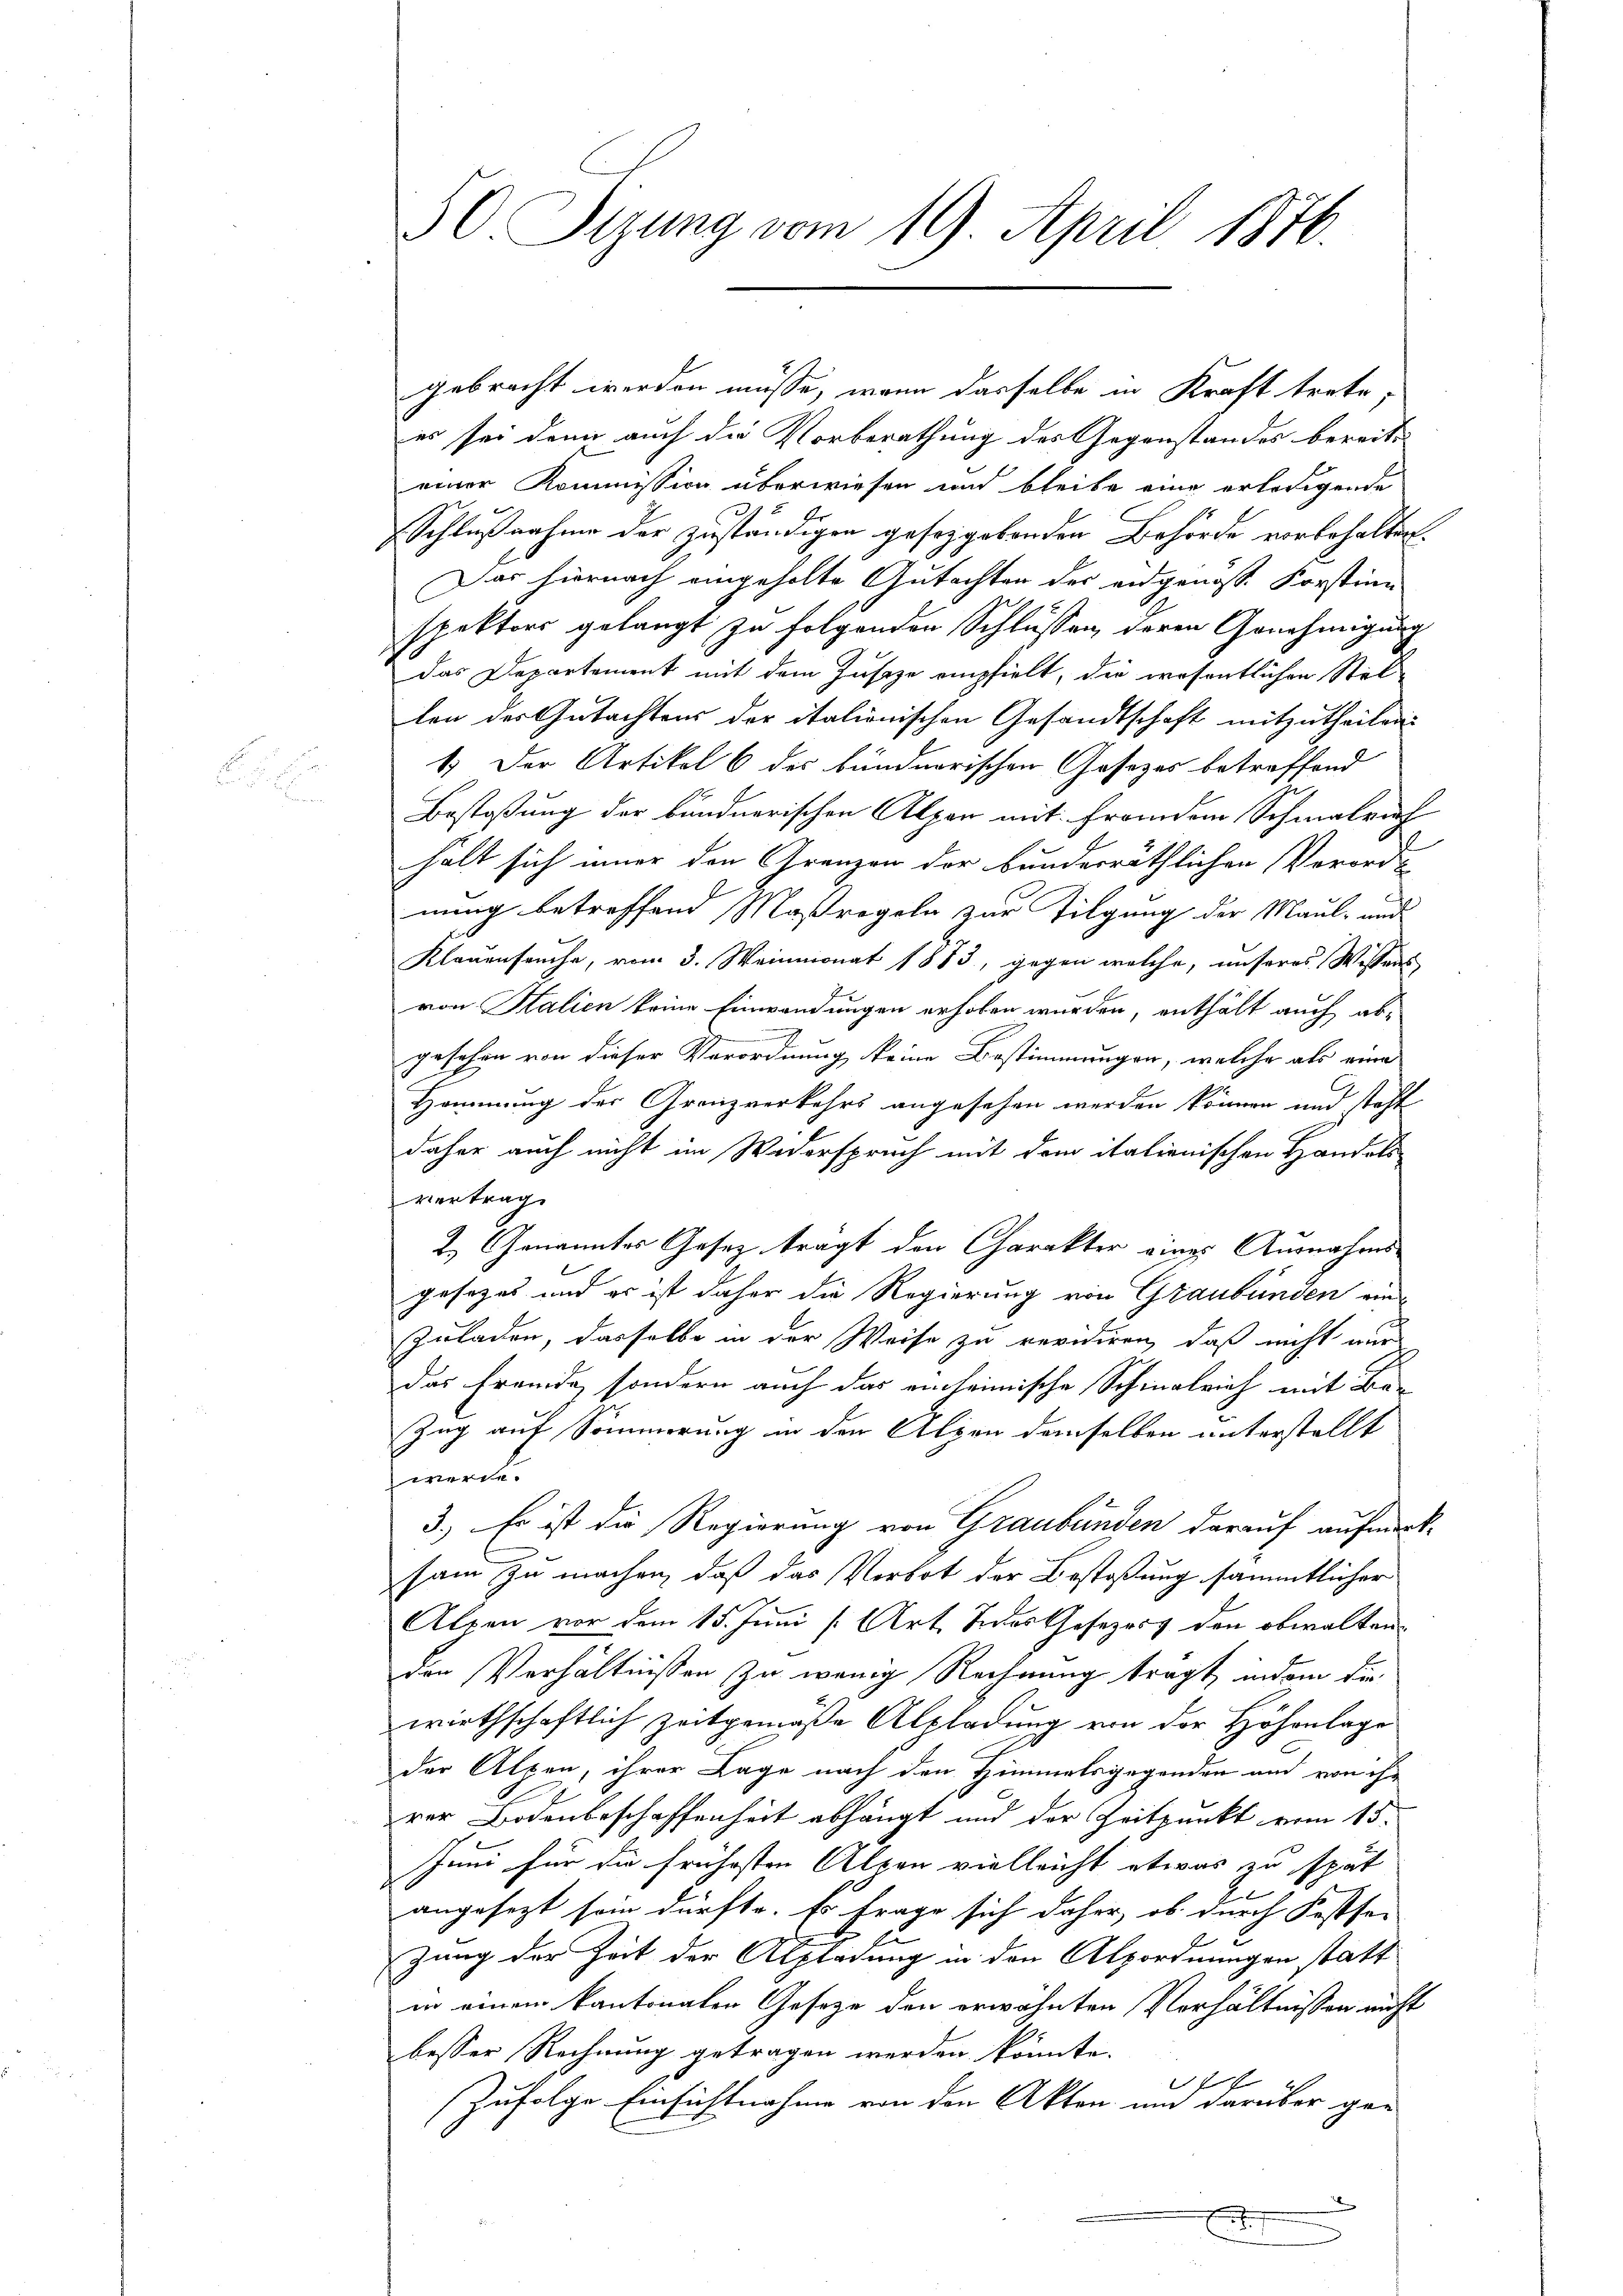
es sei dann auch die Vorberathung des Gegenstandes bereits
einer Kommission überwiesen und bleibe eine erledigende
Schlußnahme der zuständigen gesetzgebenden Behörde vorbehalten.
Das hiernach eingeholte Gutachten der angenosse Forstinn
spektors gelangt zu folgenden Schlüssen, deren Genehmigung
Das Departement mit dem Jusize empfielt, die wesentlichen Stel-
lon der Gutachtens der italionischen Gesandtschaft mitzutheilen.
1.) Der Artikel 6 des bündnerischen Gesezes betreffend
Bestoßung der bundnerischen Alpen mit fremden Schmalrich
hält sich immer den Grenzen der bunderräthlichen Verordnung betreffend Maßregeln zur Tilgung der Maul- und
Klauenseuche, vom 3. Weinmonat 1883, gegen welche, unseres Wissens
von Salien keine Einwendungen erhoben wurden, enthält auch abgesehen von dieser Verordnung keine Bestimmungen, welche als eine
Hommung der Granzverkehrs angesehen werden können und steht
daher auch nicht im Wederspruch mit dem italienischen Handels-
vertrag
2.) Genanntes Gesetz tragt den Charakter eines Ausnahms-
gesezes und es ist daher die Regierung von Graubünden ein-
Zuladen, dasselbe in der Weise zu revidiren, daß nicht nur
das Freude, sondern auch das einheimische Schinalrich mit Be-
Zug auf Sommerung in den Alpen demselben unterstellt
werde.
3.) Es ist die Regierung von Graubünden darauf aufmerksam zu machen, daß das Verbot der Bestoßung sämmtlicher
Alpen vor dem 15. Juni [Art. Jedes Gesezess den obwaltenden Verhältnissen zu wenig Rechnung tragt, indem die
wirthschaftlich zeitgemäße Alpladung von der Höhenlage
der Alpen, ihrer Lage nach den Himmelsgegenden und von ihr
rer Bodenbeschaffenheit abhängt und der Zeitpunkt vom 15.
Juni für die frühesten Alpen vielleicht etwas zu spät
angesezt sein dürfte. Es frage sich daher, ob durch Festsezung der Zeit der Alpladung in den Alpordnungen statt
in einem kantonalen Gesetze den erwähnten Verhältnissen nicht
besser Rechnung getragen werden könnte.
f
(zufolge Einsichtnahme von den Akten um darüber ge-
2
e
.

50 Sizung vom 19. April 1846.

gebracht werden müsse, wenn dasselbe in Kraft trete,